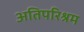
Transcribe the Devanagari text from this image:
अतिपरिश्रम